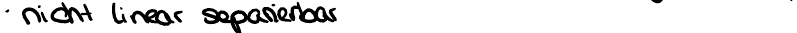
nicht linear separierbar